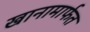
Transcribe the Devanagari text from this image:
खानामार्फत